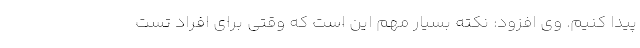
پیدا کنیم. وی افزود: نکته بسیار مهم این است که وقتی برای افراد تست